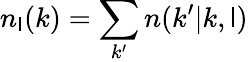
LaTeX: n_{\mathsf{l}}(k)=\sum_{k^{\prime}}n(k^{\prime}|k,\mathsf{l})